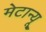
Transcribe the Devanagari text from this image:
मेटान्यू